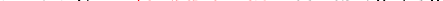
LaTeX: \smash{\nu\to\nu_{E}=\ensuremath{\mathrm{\ textsl{v}}_{0}}^{2}/\upsilon_{0}}